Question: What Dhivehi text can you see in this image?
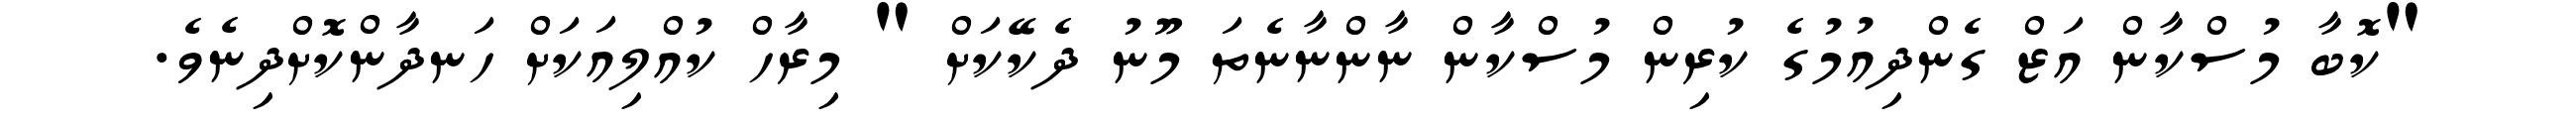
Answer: "ކޮބާ މުސްކާން އަޒް ގެންދިއުމުގެ ކުރިން މުސްކާން ނާންނާނެތަ މޫނު ދެކޭކަށް " މިރާހް ކުއްލިއަކަށް ހަނދާންކޮށްދިނެވެ.